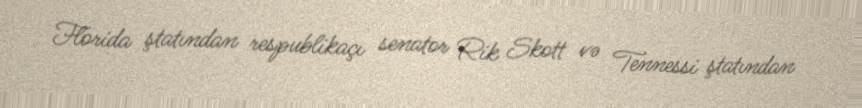
Florida ştatından respublikaçı senator Rik Skott və Tennessi ştatından